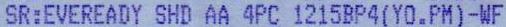
SR:EVEREADY SHD AA 4PC 1215BP4(YO.PM)-WF